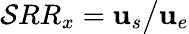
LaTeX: \mathcal{S}RR_{x}=\mathbf{u}_{s}\big/\mathbf{u}_{e}